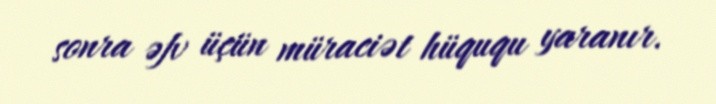
sonra əfv üçün müraciət hüququ yaranır.